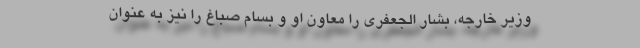
وزیر خارجه، بشار الجعفری را معاون او و بسام صباغ را نیز به عنوان